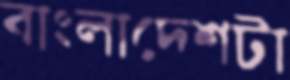
বাংলাদেশটা